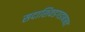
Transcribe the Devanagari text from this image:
सदाशिवडगडाबाबत